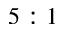
5 : 1